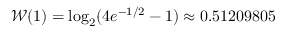
\mathcal { W } ( 1 ) = \log _ { 2 } ( 4 e ^ { - 1 / 2 } - 1 ) \approx 0 . 5 1 2 0 9 8 0 5